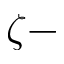
\zeta -